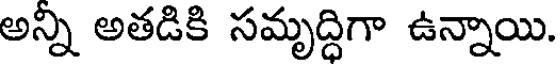
అన్ని అతడికి సమృద్ధిగా ఉన్నాయి.